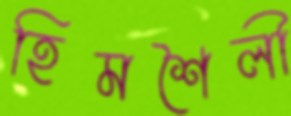
হিমশৈলী